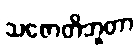
သဇောတိဘူတာ